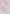
و